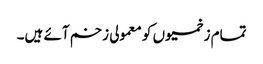
تمام زخمیوں کو معمولی زخم آئے ہیں۔